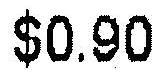
$0.90